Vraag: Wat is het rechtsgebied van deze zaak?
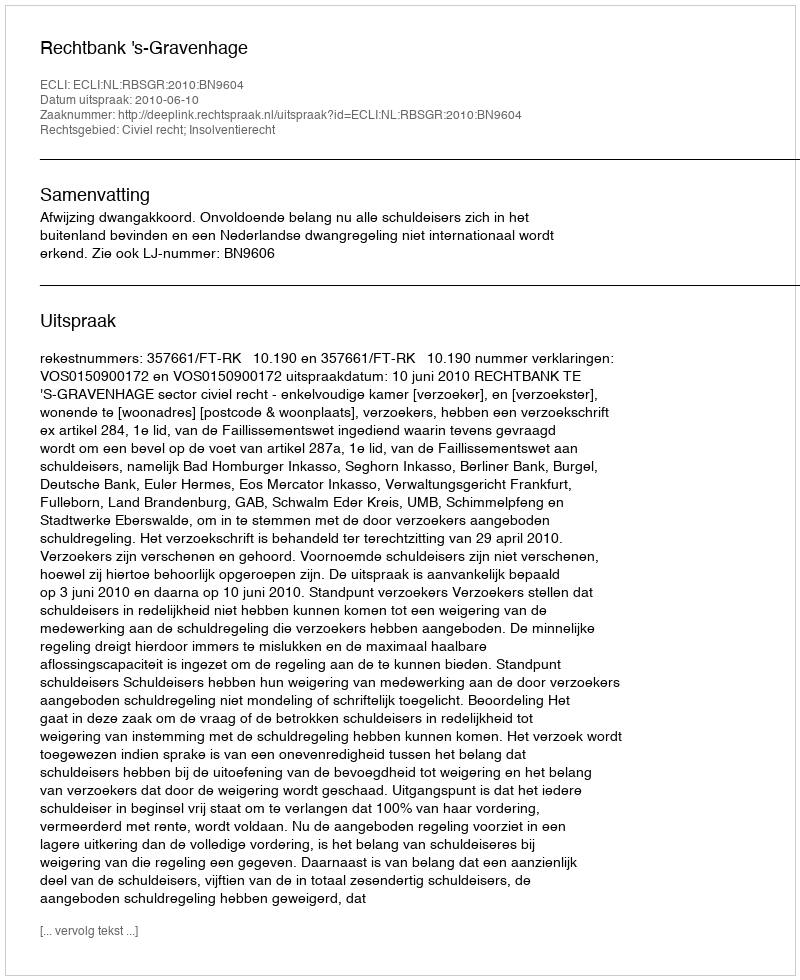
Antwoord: Civiel recht; Insolventierecht